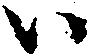
ハ